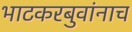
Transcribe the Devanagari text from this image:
भाटकरबुवांनाच